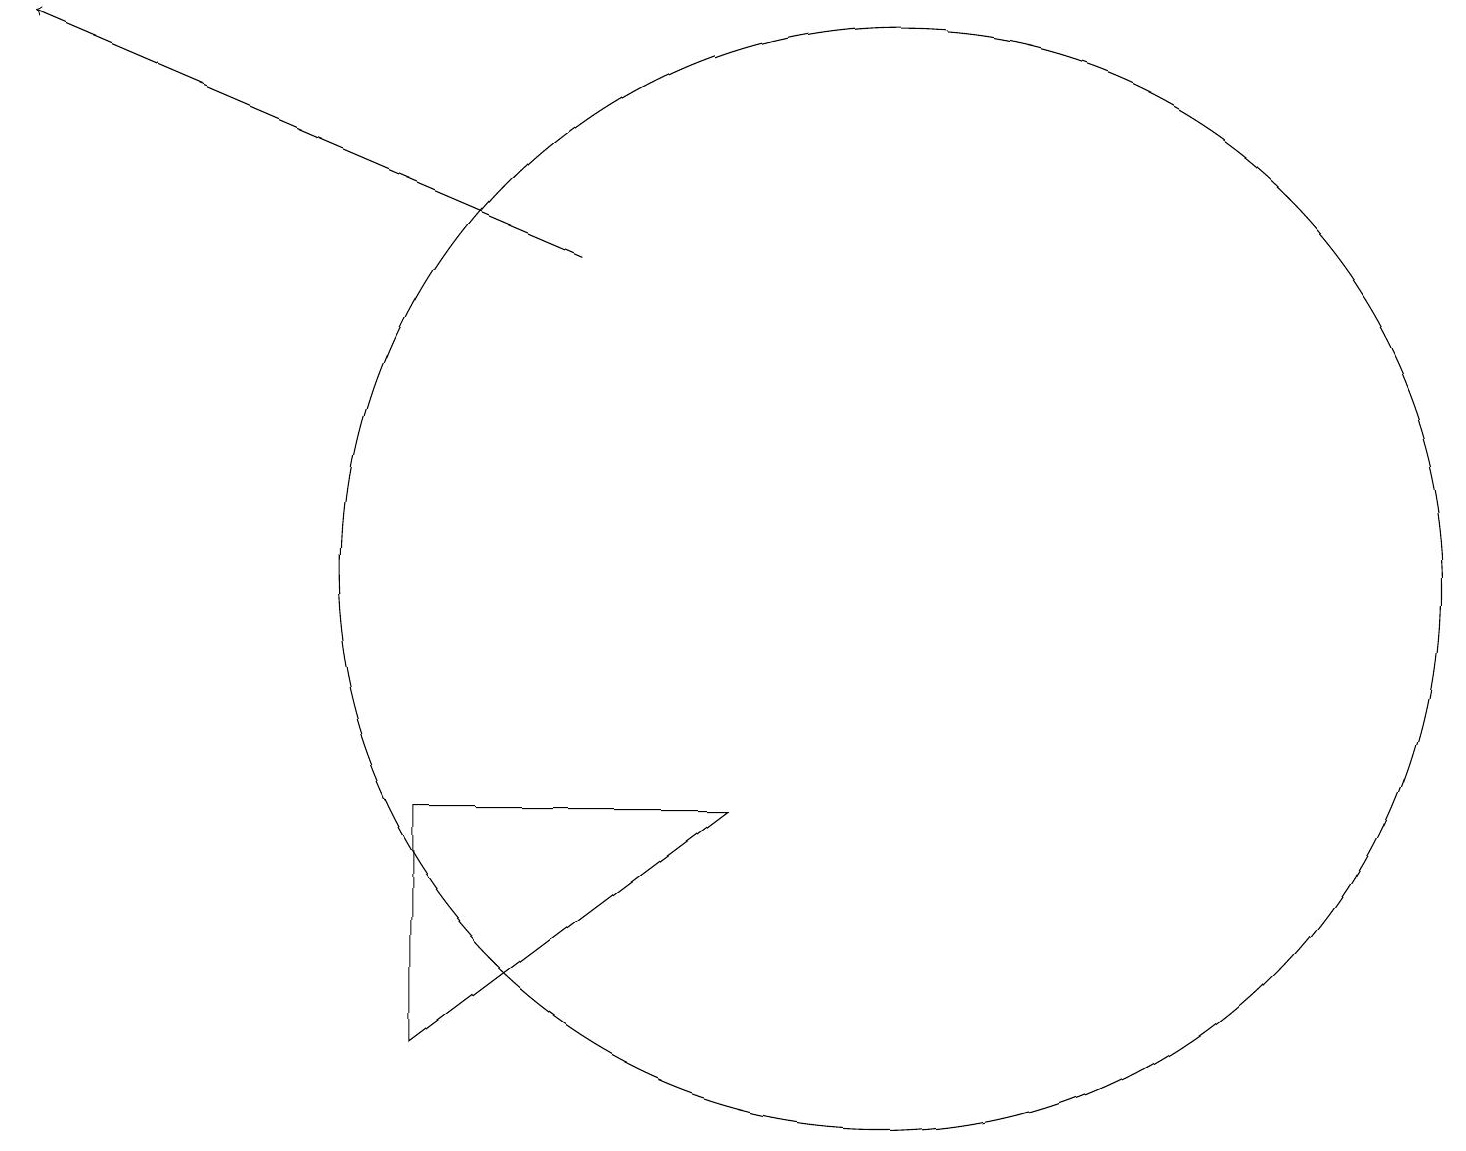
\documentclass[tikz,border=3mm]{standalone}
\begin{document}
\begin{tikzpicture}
\draw (5,9) -- (5,6) -- (9,9) -- cycle;
\draw (11,12) circle (7);
\draw[->] (7,16) -- (0,19);
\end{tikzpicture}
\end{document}